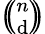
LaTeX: \textstyle{\left(\! \! {\binom{n}{\mathrm{d}}}\! \! \right)}